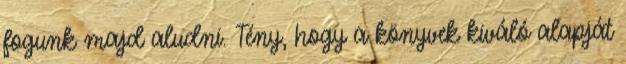
fogunk majd aludni. Tény, hogy a könyvek kiváló alapját